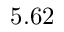
5 . 6 2